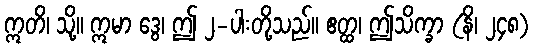
ဣတိ၊ သို့။ ဣမာ ဒွေ၊ ဤ ၂-ပါးတို့သည်။ ဧတ္ထ၊ ဤသိက္ခာ (နိ၊ ၂၄၈)